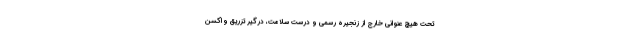
تحت هیچ عنوانی خارج از زنجیره رسمی و درست سلامت، درگیر تزریق واکسن